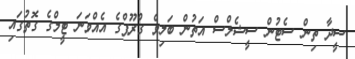
ސީދާ ތިން ސެޓުން ސީޝެލްސް އަތުން ބަލިވެ ގްރޫޕްގެ އެއްވަނަ ޓީމްގެ ގޮތުގައި